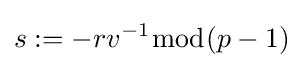
s:=-rv^{-1}{\bmod {(p-1)}}